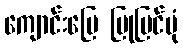
ကျောင်းမြေ ပြုပြင်ပုံ